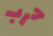
حرب